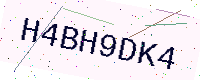
Text: H4BH9DK4